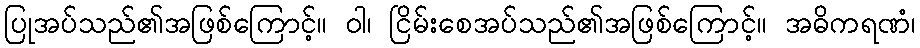
ပြုအပ်သည်၏အဖြစ်ကြောင့်။ ဝါ၊ ငြိမ်းစေအပ်သည်၏အဖြစ်ကြောင့်။ အဓိကရဏံ၊